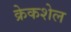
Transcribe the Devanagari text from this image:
क्रेकशेल